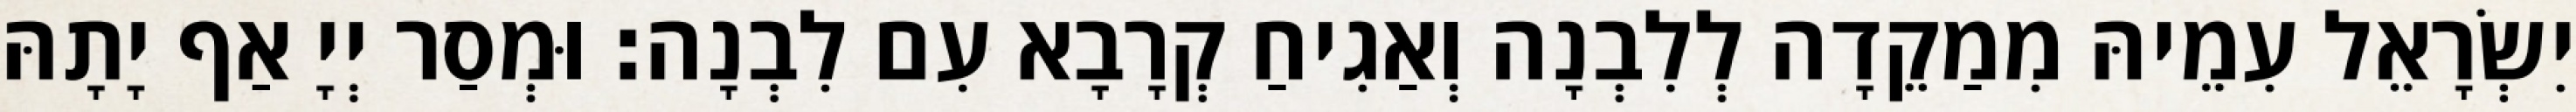
יִשְׂרָאֵל עִמֵיהּ מִמַקֵדָה לְלִבְנָה וְאַגִיחַ קְרָבָא עִם לִבְנָה׃ וּמְסַר יְיָ אַף יָתָהּ